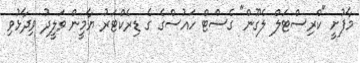
މާފުށީ "ކްރިސްޓަލް ލެގޫން" ގެސްޓް ހައުސްގެ ގެ ޑިރެކްޓަރު ޔާމީން ވަލީދު ވިދާޅުވި